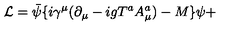
{ \cal L } = \bar { \psi } \{ i \gamma ^ { \mu } ( \partial _ { \mu } - i g T ^ { a } A _ { \mu } ^ { a } ) - M \} \psi +